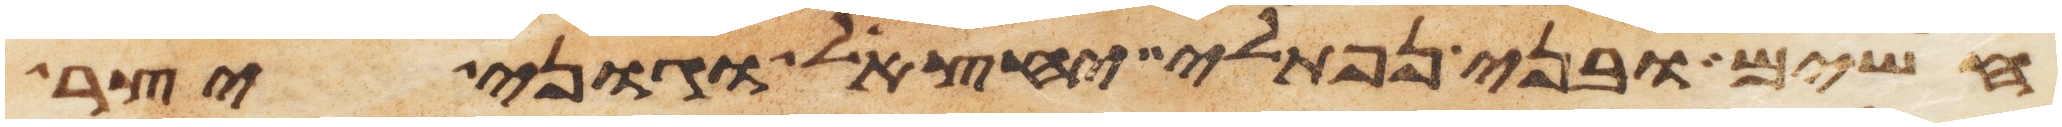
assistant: חשים ובני נפתלי יחצאל וגוני יצר